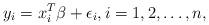
LaTeX: \begin{align*} y_i=x_i^{T}\beta+\epsilon_i,i=1,2,\ldots,n,\end{align*}